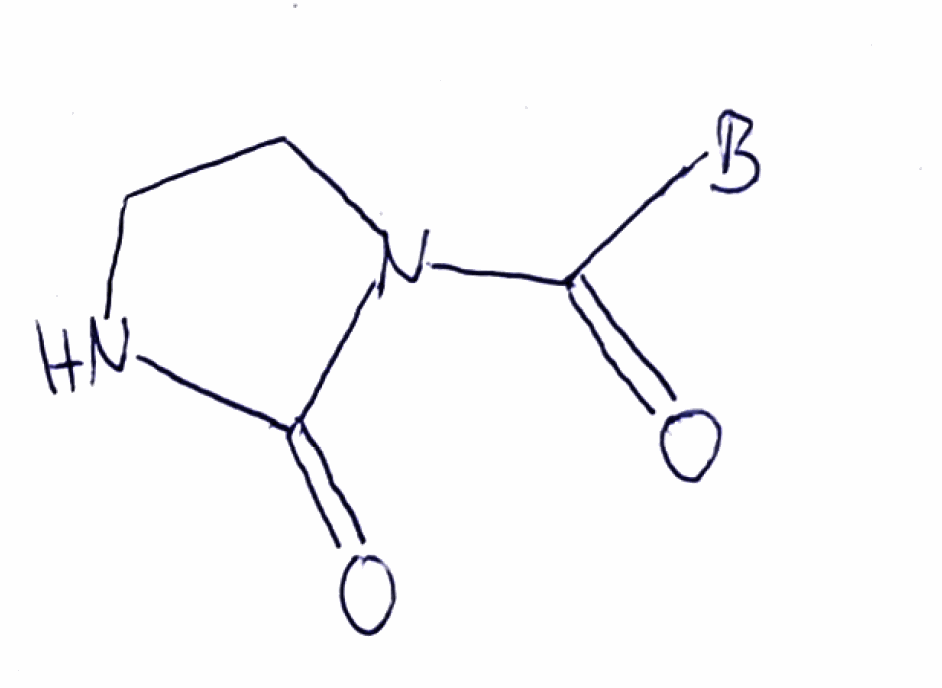
Simplified molecular-input line-entry system (SMILES) notation of the given molecule:
[B]C(=O)N1CCNC1=O